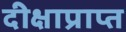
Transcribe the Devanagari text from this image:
दीक्षाप्राप्त